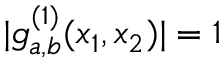
| g _ { a , b } ^ { ( 1 ) } ( x _ { 1 } , x _ { 2 } ) | = 1